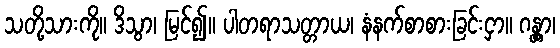
သတို့သားကို။ ဒိသွာ၊ မြင်၍။ ပါတရာသတ္တာယ၊ နံနက်စာစားခြင်းငှာ။ ဂန္တွာ၊